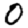
Digit: 0